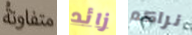
متفاوتة زائد نراكم